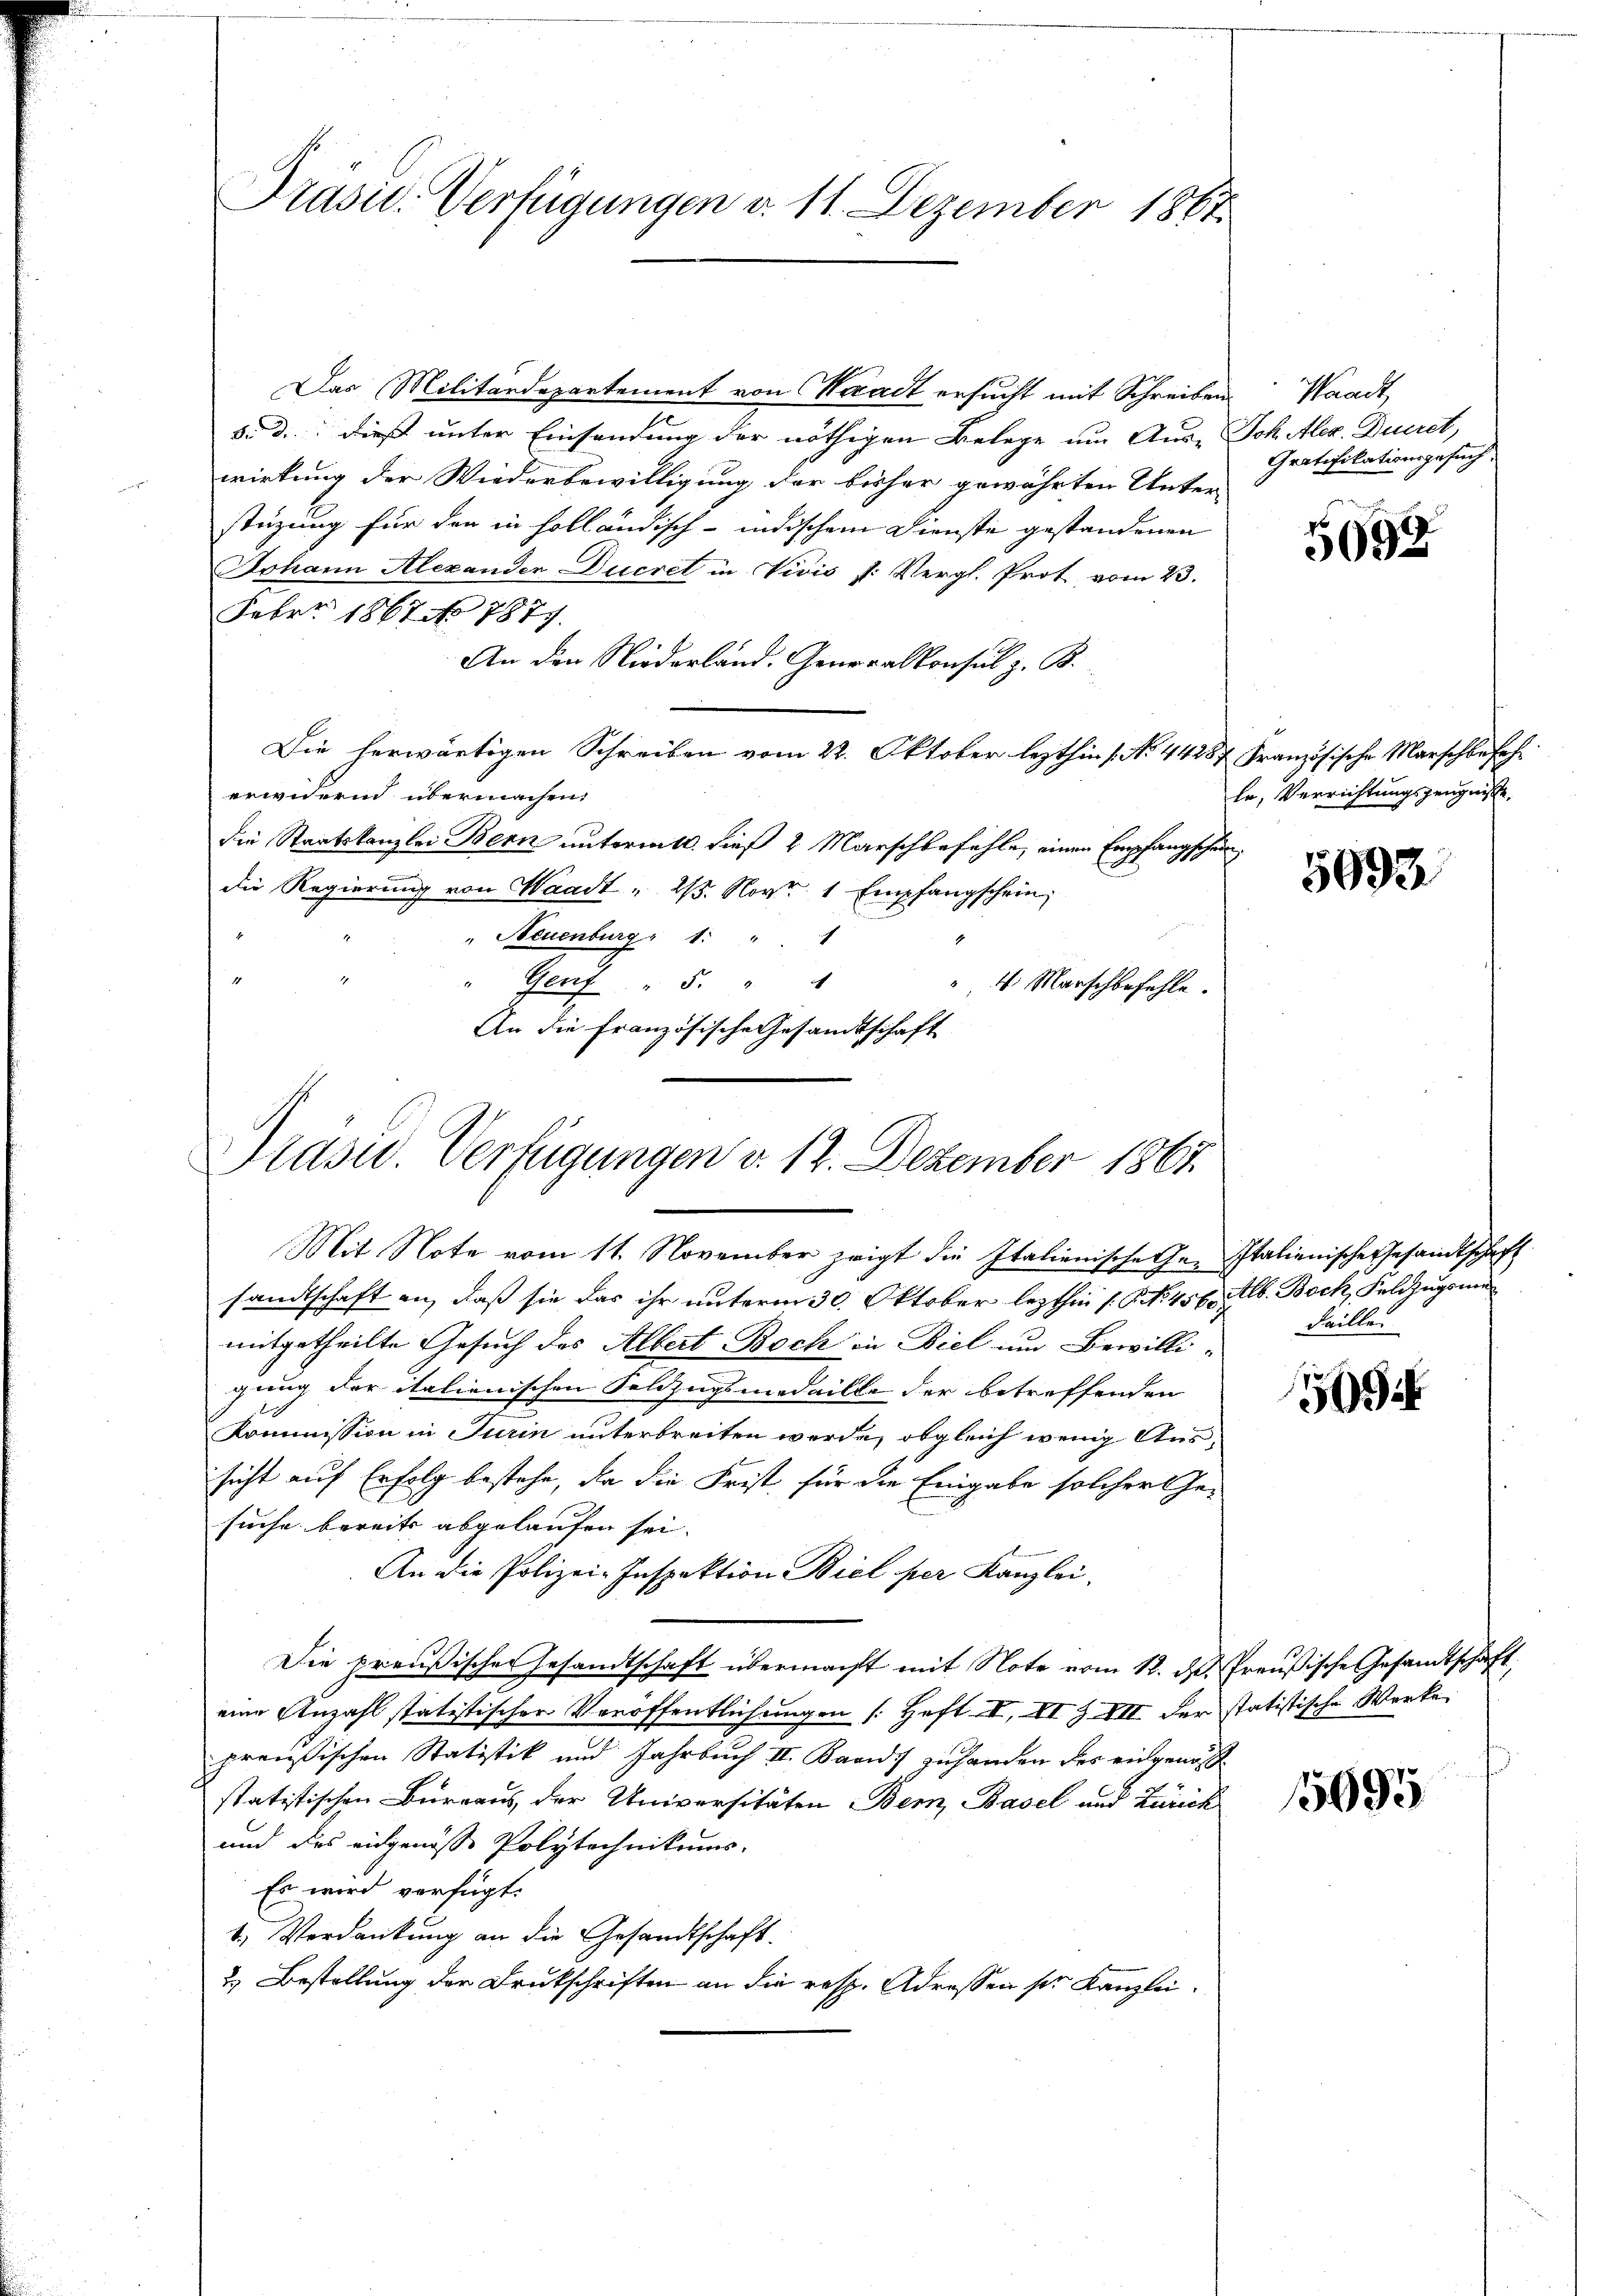
Präsid. Verfügungen d. 11. Dezember 1867

Das Militärdepartement von Waadt ersucht mit Schreiben
5. d. dieß unter Einsendung der nöthigen Belege um Aus- Ich Alex. Duiret,
wirkung der Wiederbewilligung der bisher gewährten Unter-
stüzung für den in holländisch-indischem Dienste gestandenen
Johann Alexanden Ducret in Vivis s. Vergl. Prot vom 23.
Febr. 1867 No 1877.
An den Niederland. Generalkonsul z. B.
Die herwärtigen Schreiben vom 22. Oktober lezthin s. No. 44287 Französische Marschbefeh
erwidernd übermachen.
die Staatskanzlei Bern untermitt. dieß 2 Marschbefehle, einen Empfangschein
die Regierung von Waadt " 23. Nov. 1 Empfangschein;
" Neuenburg " 1: " "
2
4
" Genf " 5. "
4. Marschbefehle.
An die Französische Gesandtschaft
Mit Note vom 11. November zeigt die Italienische hr. Italienische Gesandtschaft
sandtschaft an, daß sie das ihr unterm 30. Oktober lezthin /: P. No. 456. Alb. Boch, Feldzugswe
mitgetheilte Gesuch des Albert Boch in Biel und Bewilli-
gung der italienischen Feldzugsmedaille der betreffenden
Kommission in Turin unterbreiten werde, obgleich wenig Aussicht auf Erfolg bestehe, da die Frist für die Eingabe solcher Ge-
suche bereits abgelaufen sei.
An die Polizei-Inspektion Biel per Kanzlei.
Die preußischer Gesandtschaft übermacht mit Note vom 12. d. Preußische Gesandtschaft
eine Anzahl statistischer Veröffentlichungen (Heft II, II Z VII der statistische Werke
preußischen Statistik und Jahrbuch II. Band zuhanden des eingenöß
statitischen Bureaus der Universitäten Bern, Basel und Zürich
und des eidgenösse Polytechnikums-
Es wird verfügt:
1. Verdankung an die Gesandtschaft.
2.) Bestellung der Drukschriften an die resp. Adressen ser Kanzlei.

Prasw. Verfügungen v. 12. Dezember 1867

Waadt,
Gratifikationsgesuch.

5092

le, Verrichtungszeugnisse,

5693

Faille.

5

15095